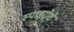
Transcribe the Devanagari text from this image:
स्पाइरोशे